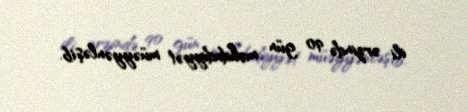
ili ərzində 90 gün məhdudiyyət müəyyənləşib.